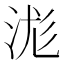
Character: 浝